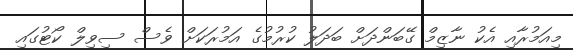
މިއަމުރާއި އެކު ނާޒިމް ގޭބަންދަށް ބަދަލު ކުރުމުގެ އަމުރަކަށް ވެސް ސިވިލް ކޯޓުގައި